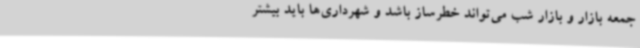
جمعه بازار و بازار شب می‌تواند خطرساز باشد و شهرداری‌ها باید بیشتر